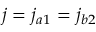
j = j _ { a 1 } = j _ { b 2 }